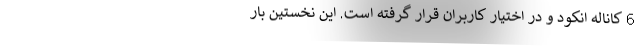
6 کاناله انکود و در اختیار کاربران قرار گرفته است. این نخستین بار